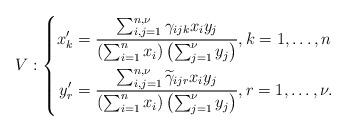
LaTeX: \begin{align*}V:\left\{ \begin{aligned}x_{k}' & =\frac{\sum_{i,j=1}^{n,\nu}\gamma_{ijk}x_{i}y_{j}}{\left(\sum_{i=1}^{n}x_{i}\right)\bigl(\sum_{j=1}^{\nu}y_{j}\bigr)},k=1,\ldots,n\medskip\\y'_{r} & =\frac{\sum_{i,j=1}^{n,\nu}\widetilde{\gamma}_{ijr}x_{i}y_{j}}{\left(\sum_{i=1}^{n}x_{i}\right)\bigl(\sum_{j=1}^{\nu}y_{j}\bigr)},r=1,\ldots,\nu.\end{aligned}\right.\end{align*}